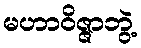
မဟာဝိဇ္ဇာဘွဲ့